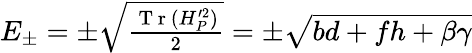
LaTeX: \begin{array}{r}{E_{\pm}=\pm\sqrt{\frac{\mathrm{~T~r~}(H_{P}^{\prime 2})}{2}}=\pm\sqrt{bd+fh+\beta\gamma}}\end{array}